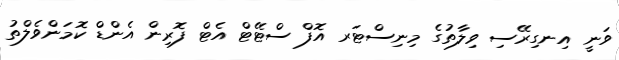
ވަނީ އިނގިރޭސި ވިލާތުގެ މިނިސްޓަރ އޮފް ސްޓޭޓް އެޓް ފޮރިން އެންޑް ކޮމަންވެލްތު